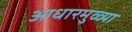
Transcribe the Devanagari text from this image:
आधारमुळ्या